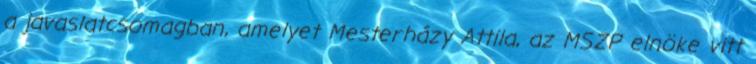
a javaslatcsomagban, amelyet Mesterházy Attila, az MSZP elnöke vitt